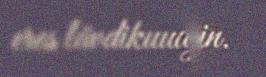
eres lävdikuudijn.